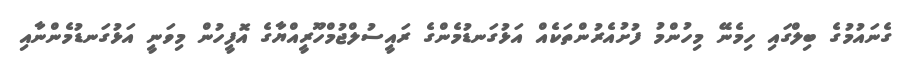
ގެނައުމުގެ ބިލްގައި ހިމެނޭ މިހުންމު ފުށުއެރުންތަކެއް އަޅުގަނޑުމެންގެ ރައީސުލްޖުމްހޫރީއްޔާގެ އޮފީހުން މިވަނީ އަޅުގަނޑުމެންނާއި